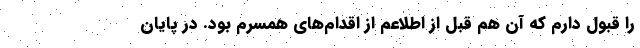
را قبول دارم که آن هم قبل از اطلاعم از اقدام‌های همسرم بود. در پایان